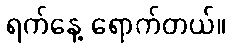
ရက်နေ့ ရောက်တယ်။